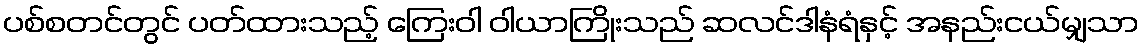
ပစ်စတင်တွင် ပတ်ထားသည့် ကြေးဝါ ဝါယာကြိုးသည် ဆလင်ဒါနံရံနှင့် အနည်းငယ်မျှသာ